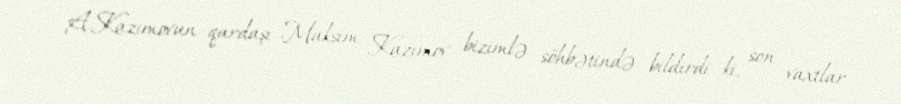
A.Kazımovun qardaşı Maksim Kazımov bizimlə söhbətində bildirdi ki, son vaxtlar